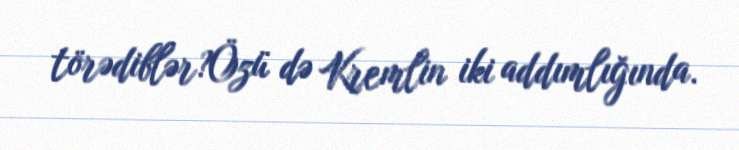
törədiblər?Özü də Kremlin iki addımlığında.